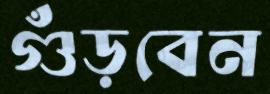
গুঁড়বেন